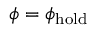
\phi = \phi _ { \mathrm { h o l d } }